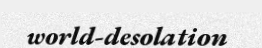
world-desolation